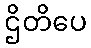
ဌိတိပေ